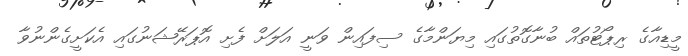
މީޑިއާގެ ރިޕޯޓުތައް ބުނާގޮތުގައި މިޔަންމާގެ ސިފައިން ވަނީ އަލަށް ފެށި އޮޕަރޭޝަނުގައި އެކަށީގެންނުވާ